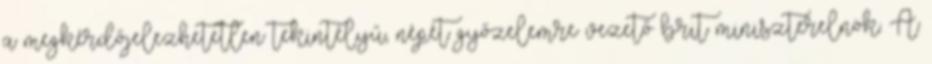
a megkérdőjelezhetetlen tekintélyű, népét győzelemre vezető brit miniszterelnök. A